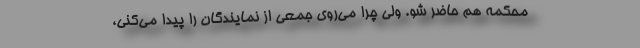
محکمه هم حاضر شو. ولی چرا می‌روی جمعی از نمایندگان را پیدا می‌کنی،